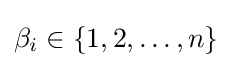
\beta _{i}\in \{1,2,\ldots ,n\}